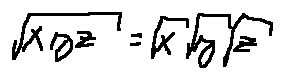
\sqrt { x y z } = \sqrt { x } \sqrt { y } \sqrt { z }